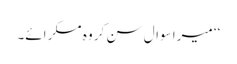
‘‘ میرا سوال سن کر وہ مسکرائے۔